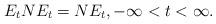
LaTeX: \begin{align*} E_t{N}E_t={N}E_t,-\infty<t<\infty.\end{align*}